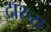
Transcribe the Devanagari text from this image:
दारुस